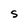
Character: S